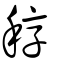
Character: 稕